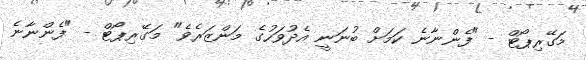
މަގޭރިޕޯޓް - "ފެންނާނެ ކަމަށް ބުނަނީ އެދުވަހުގެ މަންޒަރެވެ" މަގޭރިޕޯޓް - "ފެންނާނެ